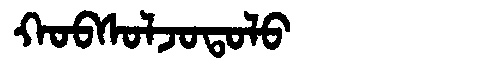
Manchu: ᡴᠣᠪᠰᠣᠯᠵᠣᡨᠣᠯᠣ
Romanization: KOBSOLJOTOLO